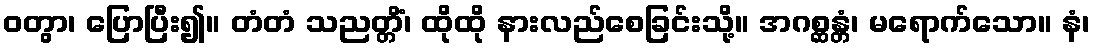
ဝတွာ၊ ပြောပြီး၍။ တံတံ သညတ္တိံ၊ ထိုထို နားလည်စေခြင်းသို့။ အဂစ္ဆန္တံ၊ မရောက်သော။ နံ၊